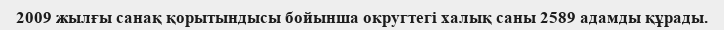
2009 жылғы санақ қорытындысы бойынша округтегі халық саны 2589 адамды құрады.